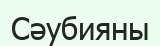
Сәубияны